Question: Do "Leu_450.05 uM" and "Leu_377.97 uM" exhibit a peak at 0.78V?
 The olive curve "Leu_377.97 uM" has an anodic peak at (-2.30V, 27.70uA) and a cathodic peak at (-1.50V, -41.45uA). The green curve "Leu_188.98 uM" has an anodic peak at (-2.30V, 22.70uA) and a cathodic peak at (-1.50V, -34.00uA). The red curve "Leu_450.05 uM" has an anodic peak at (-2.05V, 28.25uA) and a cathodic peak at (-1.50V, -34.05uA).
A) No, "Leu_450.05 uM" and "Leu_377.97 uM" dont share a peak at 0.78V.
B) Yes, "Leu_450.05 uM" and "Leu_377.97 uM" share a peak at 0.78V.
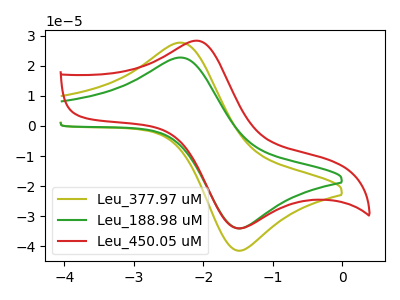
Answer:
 <answer>A) No, "Leu_450.05 uM" and "Leu_377.97 uM" dont share a peak at 0.78V.</answer>
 <eval>A</eval>